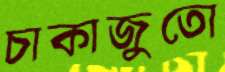
চাকাজুতো